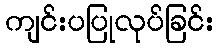
ကျင်းပပြုလုပ်ခြင်း